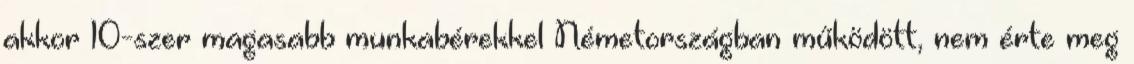
akkor 10-szer magasabb munkabérekkel Németországban működött, nem érte meg